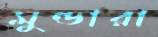
মুন্ডারা